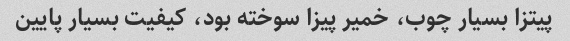
پیتزا بسیار چوب، خمیر پیزا سوخته بود، کیفیت بسیار پایین